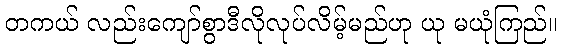
တကယ် လည်းကျော်စွာဒီလိုလုပ်လိမ့်မည်ဟု ယု မယုံကြည်။